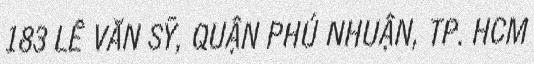
183 LÊ VĂN SỸ, QUẬN PHÚ NHUẬN, TP. HCM